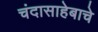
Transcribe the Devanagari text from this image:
चंदासाहेबाचे